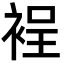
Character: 裎